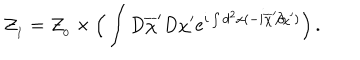
{ \cal Z } _ { _ I } = { \cal Z } _ { _ 0 } \times \Big ( \int D \overline { { { \chi } } } ^ { \prime } D \chi ^ { \prime } e ^ { i \int d ^ { 2 } x ( - i \overline { { { \chi } } } ^ { \prime } \partial \! \! \! / \chi ^ { \prime } ) } \Big ) \, .